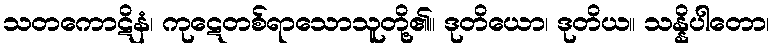
သတကောဋိနံ၊ ကုဋေတစ်ရာသောသူတို့၏။ ဒုတိယော၊ ဒုတိယ။ သန္နိပါတော၊